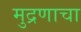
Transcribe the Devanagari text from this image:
मुद्रणाचा